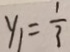
y _ { 1 } = \frac { 1 } { 3 }